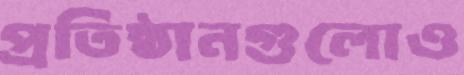
প্রতিষ্ঠানগুলোও